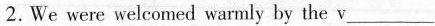
2.We were welcomed warmly by the v ___